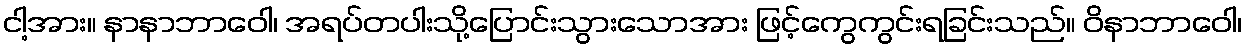
ငါ့အား။ နာနာဘာဝေါ၊ အရပ်တပါးသို့ပြောင်းသွားသောအား ဖြင့်ကွေကွင်းရခြင်းသည်။ ဝိနာဘာဝေါ၊